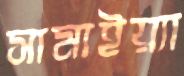
সামাইয়্যা